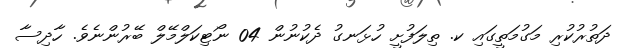
ދަތުރުކުރި މަގުމަތީގައި ކ. ތިލަފުށީ ހުޅަނގު ދެކުނުން 04 ނޯޓިކަލްމޭލް ބޭރުންނެވެ. ހާދިސާ